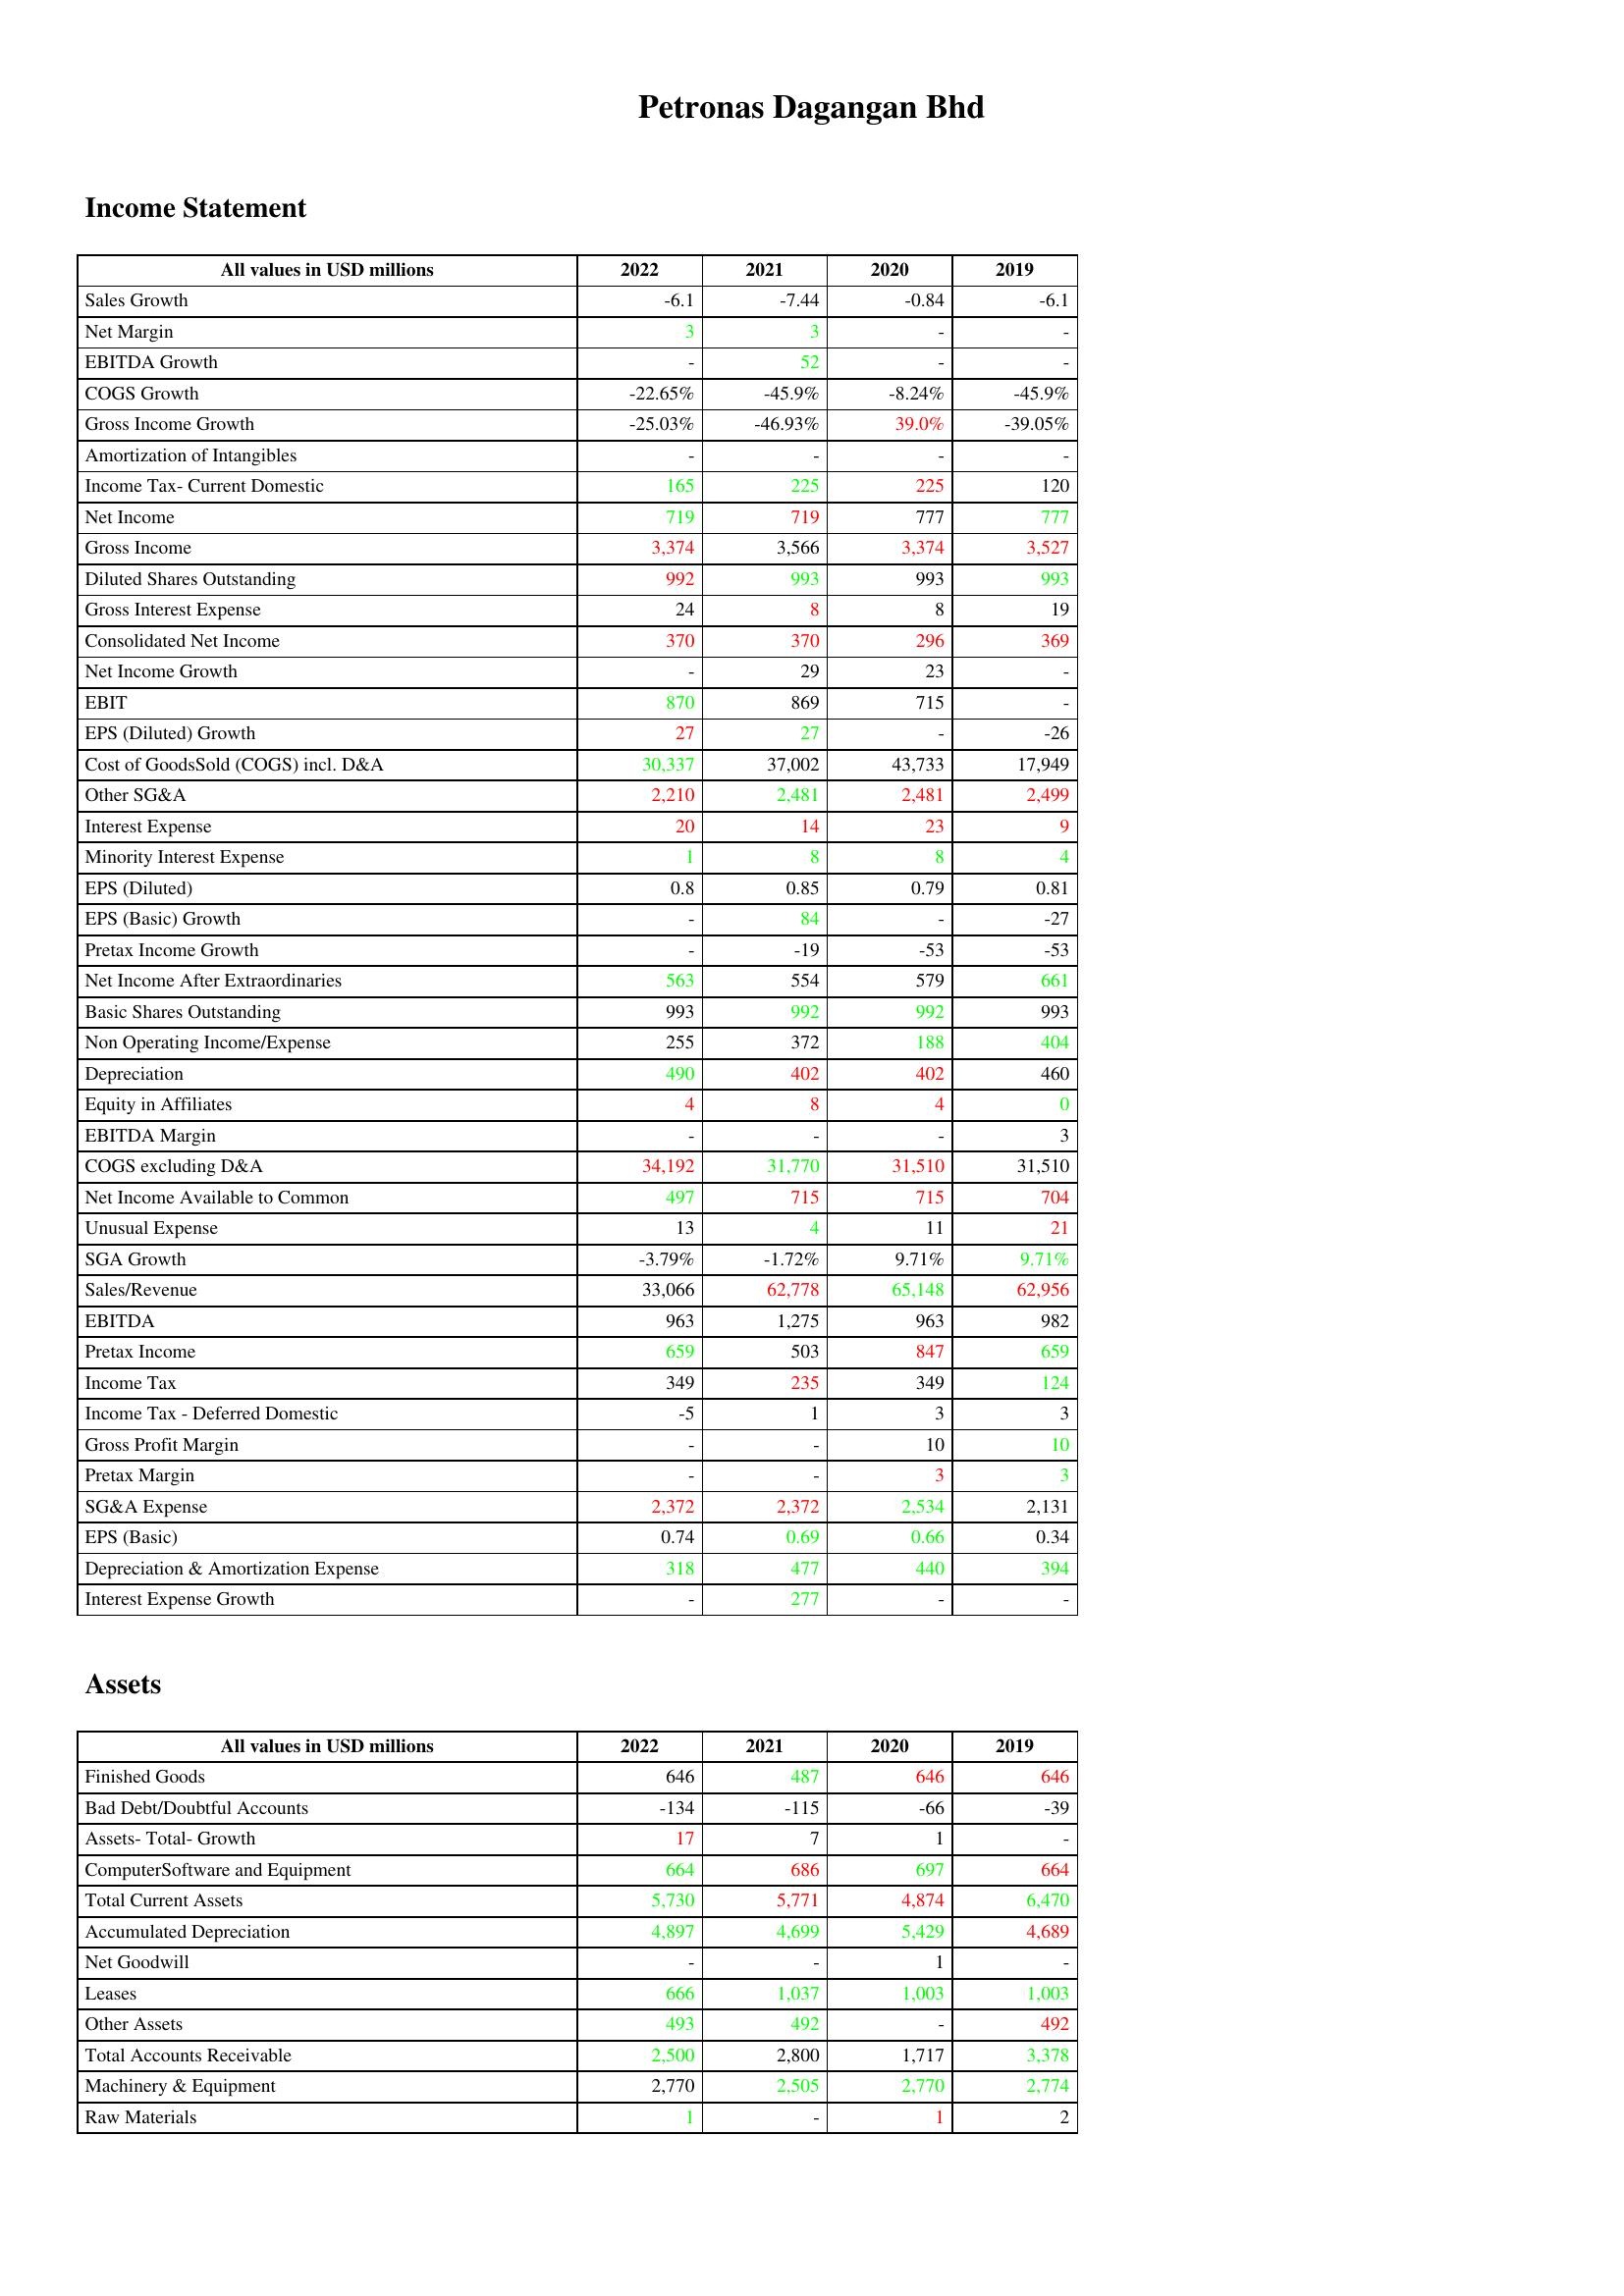
gt_parse: 2022: Income Statement: Sales Growth: -6.1
Net Margin: 3
EBITDA Growth: -
COGS Growth: -22.65%
Gross Income Growth: -25.03%
Amortization of Intangibles: -
Income Tax- Current Domestic: 165
Net Income: 719
Gross Income: 3,374
Diluted Shares Outstanding: 992
Gross Interest Expense: 24
Consolidated Net Income: 370
Net Income Growth: -
EBIT: 870
EPS (Diluted) Growth: 27
Cost of GoodsSold (COGS) incl. D&A: 30,337
Other SG&A: 2,210
Interest Expense: 20
Minority Interest Expense: 1
EPS (Diluted): 0.8
EPS (Basic) Growth: -
Pretax Income Growth: -
Net Income After Extraordinaries: 563
Basic Shares Outstanding: 993
Non Operating Income/Expense: 255
Depreciation: 490
Equity in Affiliates: 4
EBITDA Margin: -
COGS excluding D&A: 34,192
Net Income Available to Common: 497
Unusual Expense: 13
SGA Growth: -3.79%
Sales/Revenue: 33,066
EBITDA: 963
Pretax Income: 659
Income Tax: 349
Income Tax - Deferred Domestic: -5
Gross Profit Margin: -
Pretax Margin: -
SG&A Expense: 2,372
EPS (Basic): 0.74
Depreciation & Amortization Expense: 318
Interest Expense Growth: -
Assets: Finished Goods: 646
Bad Debt/Doubtful Accounts: -134
Assets- Total- Growth: 17
ComputerSoftware and Equipment: 664
Total Current Assets: 5,730
Accumulated Depreciation: 4,897
Net Goodwill: -
Leases: 666
Other Assets: 493
Total Accounts Receivable: 2,500
Machinery & Equipment: 2,770
Raw Materials: 1
2021: Income Statement: Sales Growth: -7.44
Net Margin: 3
EBITDA Growth: 52
COGS Growth: -45.9%
Gross Income Growth: -46.93%
Amortization of Intangibles: -
Income Tax- Current Domestic: 225
Net Income: 719
Gross Income: 3,566
Diluted Shares Outstanding: 993
Gross Interest Expense: 8
Consolidated Net Income: 370
Net Income Growth: 29
EBIT: 869
EPS (Diluted) Growth: 27
Cost of GoodsSold (COGS) incl. D&A: 37,002
Other SG&A: 2,481
Interest Expense: 14
Minority Interest Expense: 8
EPS (Diluted): 0.85
EPS (Basic) Growth: 84
Pretax Income Growth: -19
Net Income After Extraordinaries: 554
Basic Shares Outstanding: 992
Non Operating Income/Expense: 372
Depreciation: 402
Equity in Affiliates: 8
EBITDA Margin: -
COGS excluding D&A: 31,770
Net Income Available to Common: 715
Unusual Expense: 4
SGA Growth: -1.72%
Sales/Revenue: 62,778
EBITDA: 1,275
Pretax Income: 503
Income Tax: 235
Income Tax - Deferred Domestic: 1
Gross Profit Margin: -
Pretax Margin: -
SG&A Expense: 2,372
EPS (Basic): 0.69
Depreciation & Amortization Expense: 477
Interest Expense Growth: 277
Assets: Finished Goods: 487
Bad Debt/Doubtful Accounts: -115
Assets- Total- Growth: 7
ComputerSoftware and Equipment: 686
Total Current Assets: 5,771
Accumulated Depreciation: 4,699
Net Goodwill: -
Leases: 1,037
Other Assets: 492
Total Accounts Receivable: 2,800
Machinery & Equipment: 2,505
Raw Materials: -
2020: Income Statement: Sales Growth: -0.84
Net Margin: -
EBITDA Growth: -
COGS Growth: -8.24%
Gross Income Growth: 39.0%
Amortization of Intangibles: -
Income Tax- Current Domestic: 225
Net Income: 777
Gross Income: 3,374
Diluted Shares Outstanding: 993
Gross Interest Expense: 8
Consolidated Net Income: 296
Net Income Growth: 23
EBIT: 715
EPS (Diluted) Growth: -
Cost of GoodsSold (COGS) incl. D&A: 43,733
Other SG&A: 2,481
Interest Expense: 23
Minority Interest Expense: 8
EPS (Diluted): 0.79
EPS (Basic) Growth: -
Pretax Income Growth: -53
Net Income After Extraordinaries: 579
Basic Shares Outstanding: 992
Non Operating Income/Expense: 188
Depreciation: 402
Equity in Affiliates: 4
EBITDA Margin: -
COGS excluding D&A: 31,510
Net Income Available to Common: 715
Unusual Expense: 11
SGA Growth: 9.71%
Sales/Revenue: 65,148
EBITDA: 963
Pretax Income: 847
Income Tax: 349
Income Tax - Deferred Domestic: 3
Gross Profit Margin: 10
Pretax Margin: 3
SG&A Expense: 2,534
EPS (Basic): 0.66
Depreciation & Amortization Expense: 440
Interest Expense Growth: -
Assets: Finished Goods: 646
Bad Debt/Doubtful Accounts: -66
Assets- Total- Growth: 1
ComputerSoftware and Equipment: 697
Total Current Assets: 4,874
Accumulated Depreciation: 5,429
Net Goodwill: 1
Leases: 1,003
Other Assets: -
Total Accounts Receivable: 1,717
Machinery & Equipment: 2,770
Raw Materials: 1
2019: Income Statement: Sales Growth: -6.1
Net Margin: -
EBITDA Growth: -
COGS Growth: -45.9%
Gross Income Growth: -39.05%
Amortization of Intangibles: -
Income Tax- Current Domestic: 120
Net Income: 777
Gross Income: 3,527
Diluted Shares Outstanding: 993
Gross Interest Expense: 19
Consolidated Net Income: 369
Net Income Growth: -
EBIT: -
EPS (Diluted) Growth: -26
Cost of GoodsSold (COGS) incl. D&A: 17,949
Other SG&A: 2,499
Interest Expense: 9
Minority Interest Expense: 4
EPS (Diluted): 0.81
EPS (Basic) Growth: -27
Pretax Income Growth: -53
Net Income After Extraordinaries: 661
Basic Shares Outstanding: 993
Non Operating Income/Expense: 404
Depreciation: 460
Equity in Affiliates: 0
EBITDA Margin: 3
COGS excluding D&A: 31,510
Net Income Available to Common: 704
Unusual Expense: 21
SGA Growth: 9.71%
Sales/Revenue: 62,956
EBITDA: 982
Pretax Income: 659
Income Tax: 124
Income Tax - Deferred Domestic: 3
Gross Profit Margin: 10
Pretax Margin: 3
SG&A Expense: 2,131
EPS (Basic): 0.34
Depreciation & Amortization Expense: 394
Interest Expense Growth: -
Assets: Finished Goods: 646
Bad Debt/Doubtful Accounts: -39
Assets- Total- Growth: -
ComputerSoftware and Equipment: 664
Total Current Assets: 6,470
Accumulated Depreciation: 4,689
Net Goodwill: -
Leases: 1,003
Other Assets: 492
Total Accounts Receivable: 3,378
Machinery & Equipment: 2,774
Raw Materials: 2